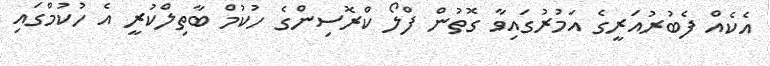
އެކެއް ފެބުރުއަރީގެ އަމުރުގައިވާ ގޮތުން ފްލޯ ކްރޮސިންގެ ހުކުމް ބާތިލްކުރީ އެ ހުކުމްގައި